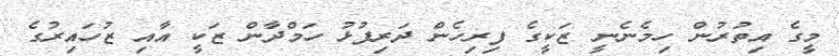
މީގެ އިތުރުން ހިމެނެނީ ޒަކީގެ ފިރިހެން ދަރިފުޅު ހަމްދާން ޒަކީ އާއި ޒުހައިރުގެ